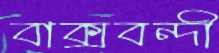
বাক্‌সবন্দী